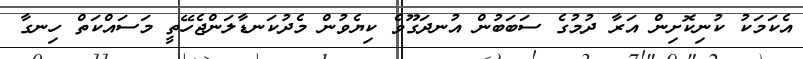
އެކަމަކު ކުނިކޮށިން އަރާ ދުމުގެ ސަބަބުން އުނދަގޫވެ ކިޔެވުން މެދުކަނޑާލަންޖެހޭތީ މަސައްކަތް ހިނގާ